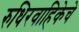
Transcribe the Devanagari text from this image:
रुधिरवाहिकेचे